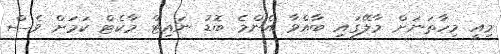
މިއީ މިހާތަނަށް މާލޭގައި ބާއްވާ އެންމެ ބޮޑު ނައިޓް މާކެޓް ކަމަށް ވެސް